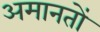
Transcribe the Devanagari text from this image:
अमानतों